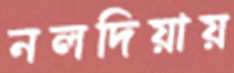
নলদিয়ায়